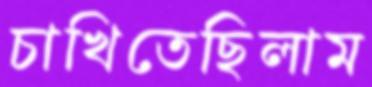
চাখিতেছিলাম